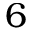
6